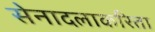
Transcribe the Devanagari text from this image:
सेनादलाकरिता